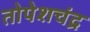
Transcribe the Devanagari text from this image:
तोपेशचंद्र